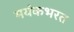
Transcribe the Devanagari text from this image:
मयंकभरत